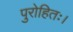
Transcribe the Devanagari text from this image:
पुरोहितः।